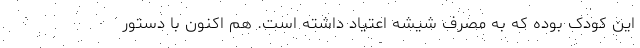
این کودک بوده که به مصرف شیشه اعتیاد داشته است. هم اکنون با دستور